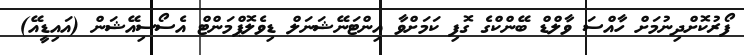
ފޯރުކޮށްދިނުމަށް ހާއްސަ ވާލްޑް ބޭންކްގެ ގޮފި ކަމަށްވާ އިންޓަނޭޝަނަލް ޑިވެލޮޕްމަންޓް އެސޯސިއޭޝަން (އައިޑީއޭ)